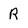
Character: R